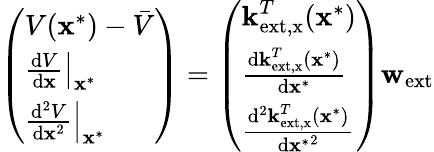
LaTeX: \left(\begin{array}{l}{V(\textbf{x}^{*})-\bar{V}}\\ {\left.\frac{\mathrm{d}V}{\mathrm{d}\textbf{x}}\right|_{\textbf{x}^{*}}}\\ {\left.\frac{\mathrm{d}^{2}V}{\mathrm{d}\textbf{x}^{2}}\right|_{\textbf{x}^{*}}}\end{array}\right)=\left(\begin{array}{l}{\textbf{k}_{\mathrm{ext,x}}^{T}(\textbf{x}^{*})}\\ {\frac{\mathrm{d}\textbf{k}_{\mathrm{ext,x}}^{T}(\textbf{x}^{*})}{\mathrm{d}\textbf{x}^{*}}}\\ {\frac{\mathrm{d}^{2}\textbf{k}_{\mathrm{ext,x}}^{T}(\textbf{x}^{*})}{\mathrm{d}{\textbf{x}^{*}}^{2}}}\end{array}\right)\textbf{w}_{\mathrm{ext}}